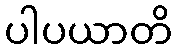
ပါပယာတိ